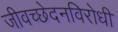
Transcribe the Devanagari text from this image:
जीवच्छेदनविरोधी